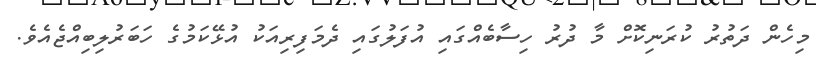
މިހެން ދަތުރު ކުރަނިކޮށް މާ ދުރު ހިސާބެއްގައި އުފަލުގައި ދެމަފިރިއަކު އުޅޭކަމުގެ ހަބަރުލިބިއްޖެއެވެ.